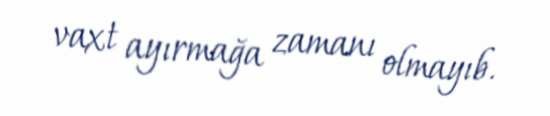
vaxt ayırmağa zamanı olmayıb.